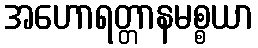
အဟောရတ္တာနမစ္စယာ